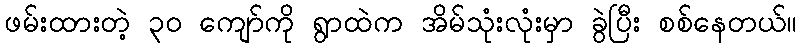
ဖမ်းထားတဲ့ ၃၀ ကျော်ကို ရွာထဲက အိမ်သုံးလုံးမှာ ခွဲပြီး စစ်နေတယ်။